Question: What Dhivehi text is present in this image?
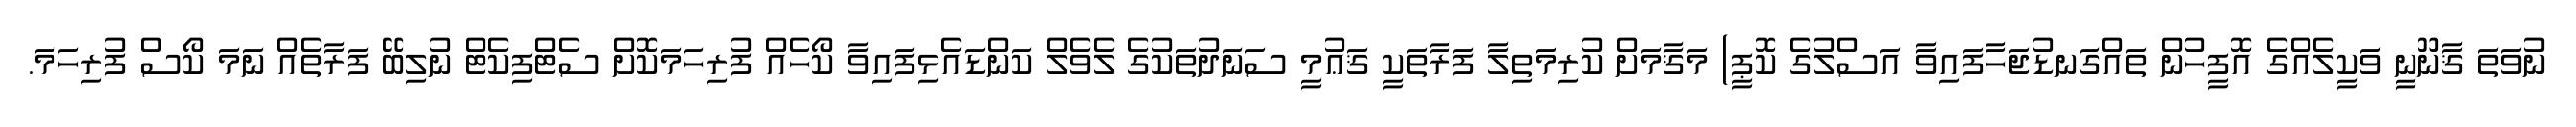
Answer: ނުވަތަ ޤާނޫނީ ވަކީލެއްގެ އޮފީހުން ތައްގަނޑުޖަހާފައިވާ އަސްލުގެ ކޮޕީ) މަޤާމަށް ކުރިމަތިލާ ފަރާތަކީ ޤަޢުމީ ސަނަދުތަކުގެ ލެވެލް ކަންޑައެޅިފައިވާ ކޯހެއް ފުރިހަމަކޮށް ސެޓްފިކެޓް ނުލިބޭ ފަރާތެއް ނަމަ ކޯސް ފުރިހަމަ.